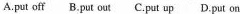
A.put off B.put out C.put up D.put on